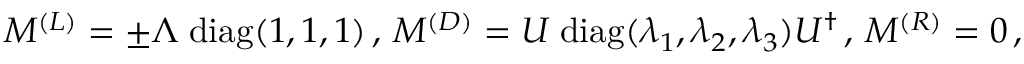
M ^ { ( L ) } = \pm \Lambda \; \mathrm { d i a g } ( 1 , 1 , 1 ) \, , \, M ^ { ( D ) } = U \; \mathrm { d i a g } ( \lambda _ { 1 } , \lambda _ { 2 } , \lambda _ { 3 } ) U ^ { \dagger } \, , \, M ^ { ( R ) } = 0 \, ,